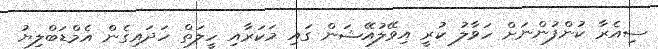
ސިއެރާ ކުންފުންނަށް ހަވާލު ކުރީ އިވޭލުއޭޝަން ގައި މަކަރާއި ހީލަތް ހަދައިގެން އެމްޑަބްލިޔު